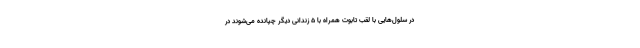
در سلول‌هایی با لقب تابوت همراه با ۵ زندانی دیگر چپانده می‌شوند در